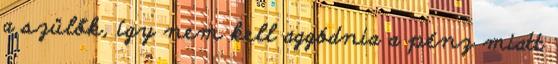
a szülők, így nem kell aggódnia a pénz miatt